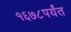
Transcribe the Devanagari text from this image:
१६७८पर्यंत